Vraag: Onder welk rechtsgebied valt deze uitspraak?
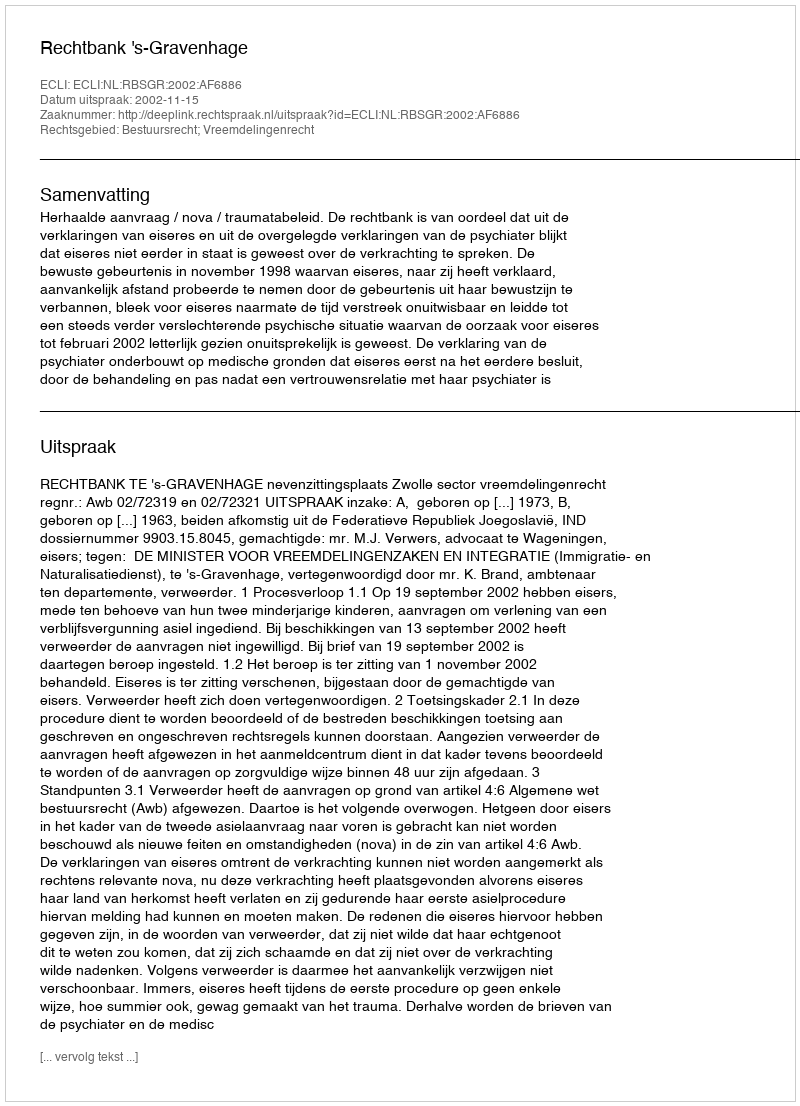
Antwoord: Bestuursrecht; Vreemdelingenrecht